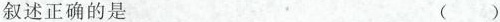
叙述正确的是 ( )